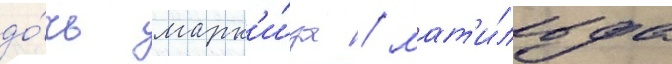
до́чь марк'и́за / мат'и́льда